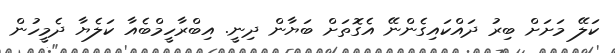
ކަލޭ މަށަށް ބިރު ދައްކައިގެންނޭ އެގޮތަށް ބަޔާން ދިނީ. އިބްރާހީމްބެއާ ކަލެޔާ ދެމީހުން